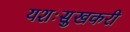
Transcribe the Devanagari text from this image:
यशःसुखकरी